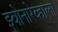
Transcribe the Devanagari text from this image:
झ्वोनारेव्हाला